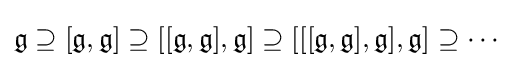
{\mathfrak {g}}\supseteq [{\mathfrak {g}},{\mathfrak {g}}]\supseteq [[{\mathfrak {g}},{\mathfrak {g}}],{\mathfrak {g}}]\supseteq [[[{\mathfrak {g}},{\mathfrak {g}}],{\mathfrak {g}}],{\mathfrak {g}}]\supseteq \cdots